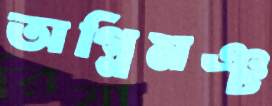
অগ্নিমঞ্চ